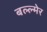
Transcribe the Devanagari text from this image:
बल्ल्मेर